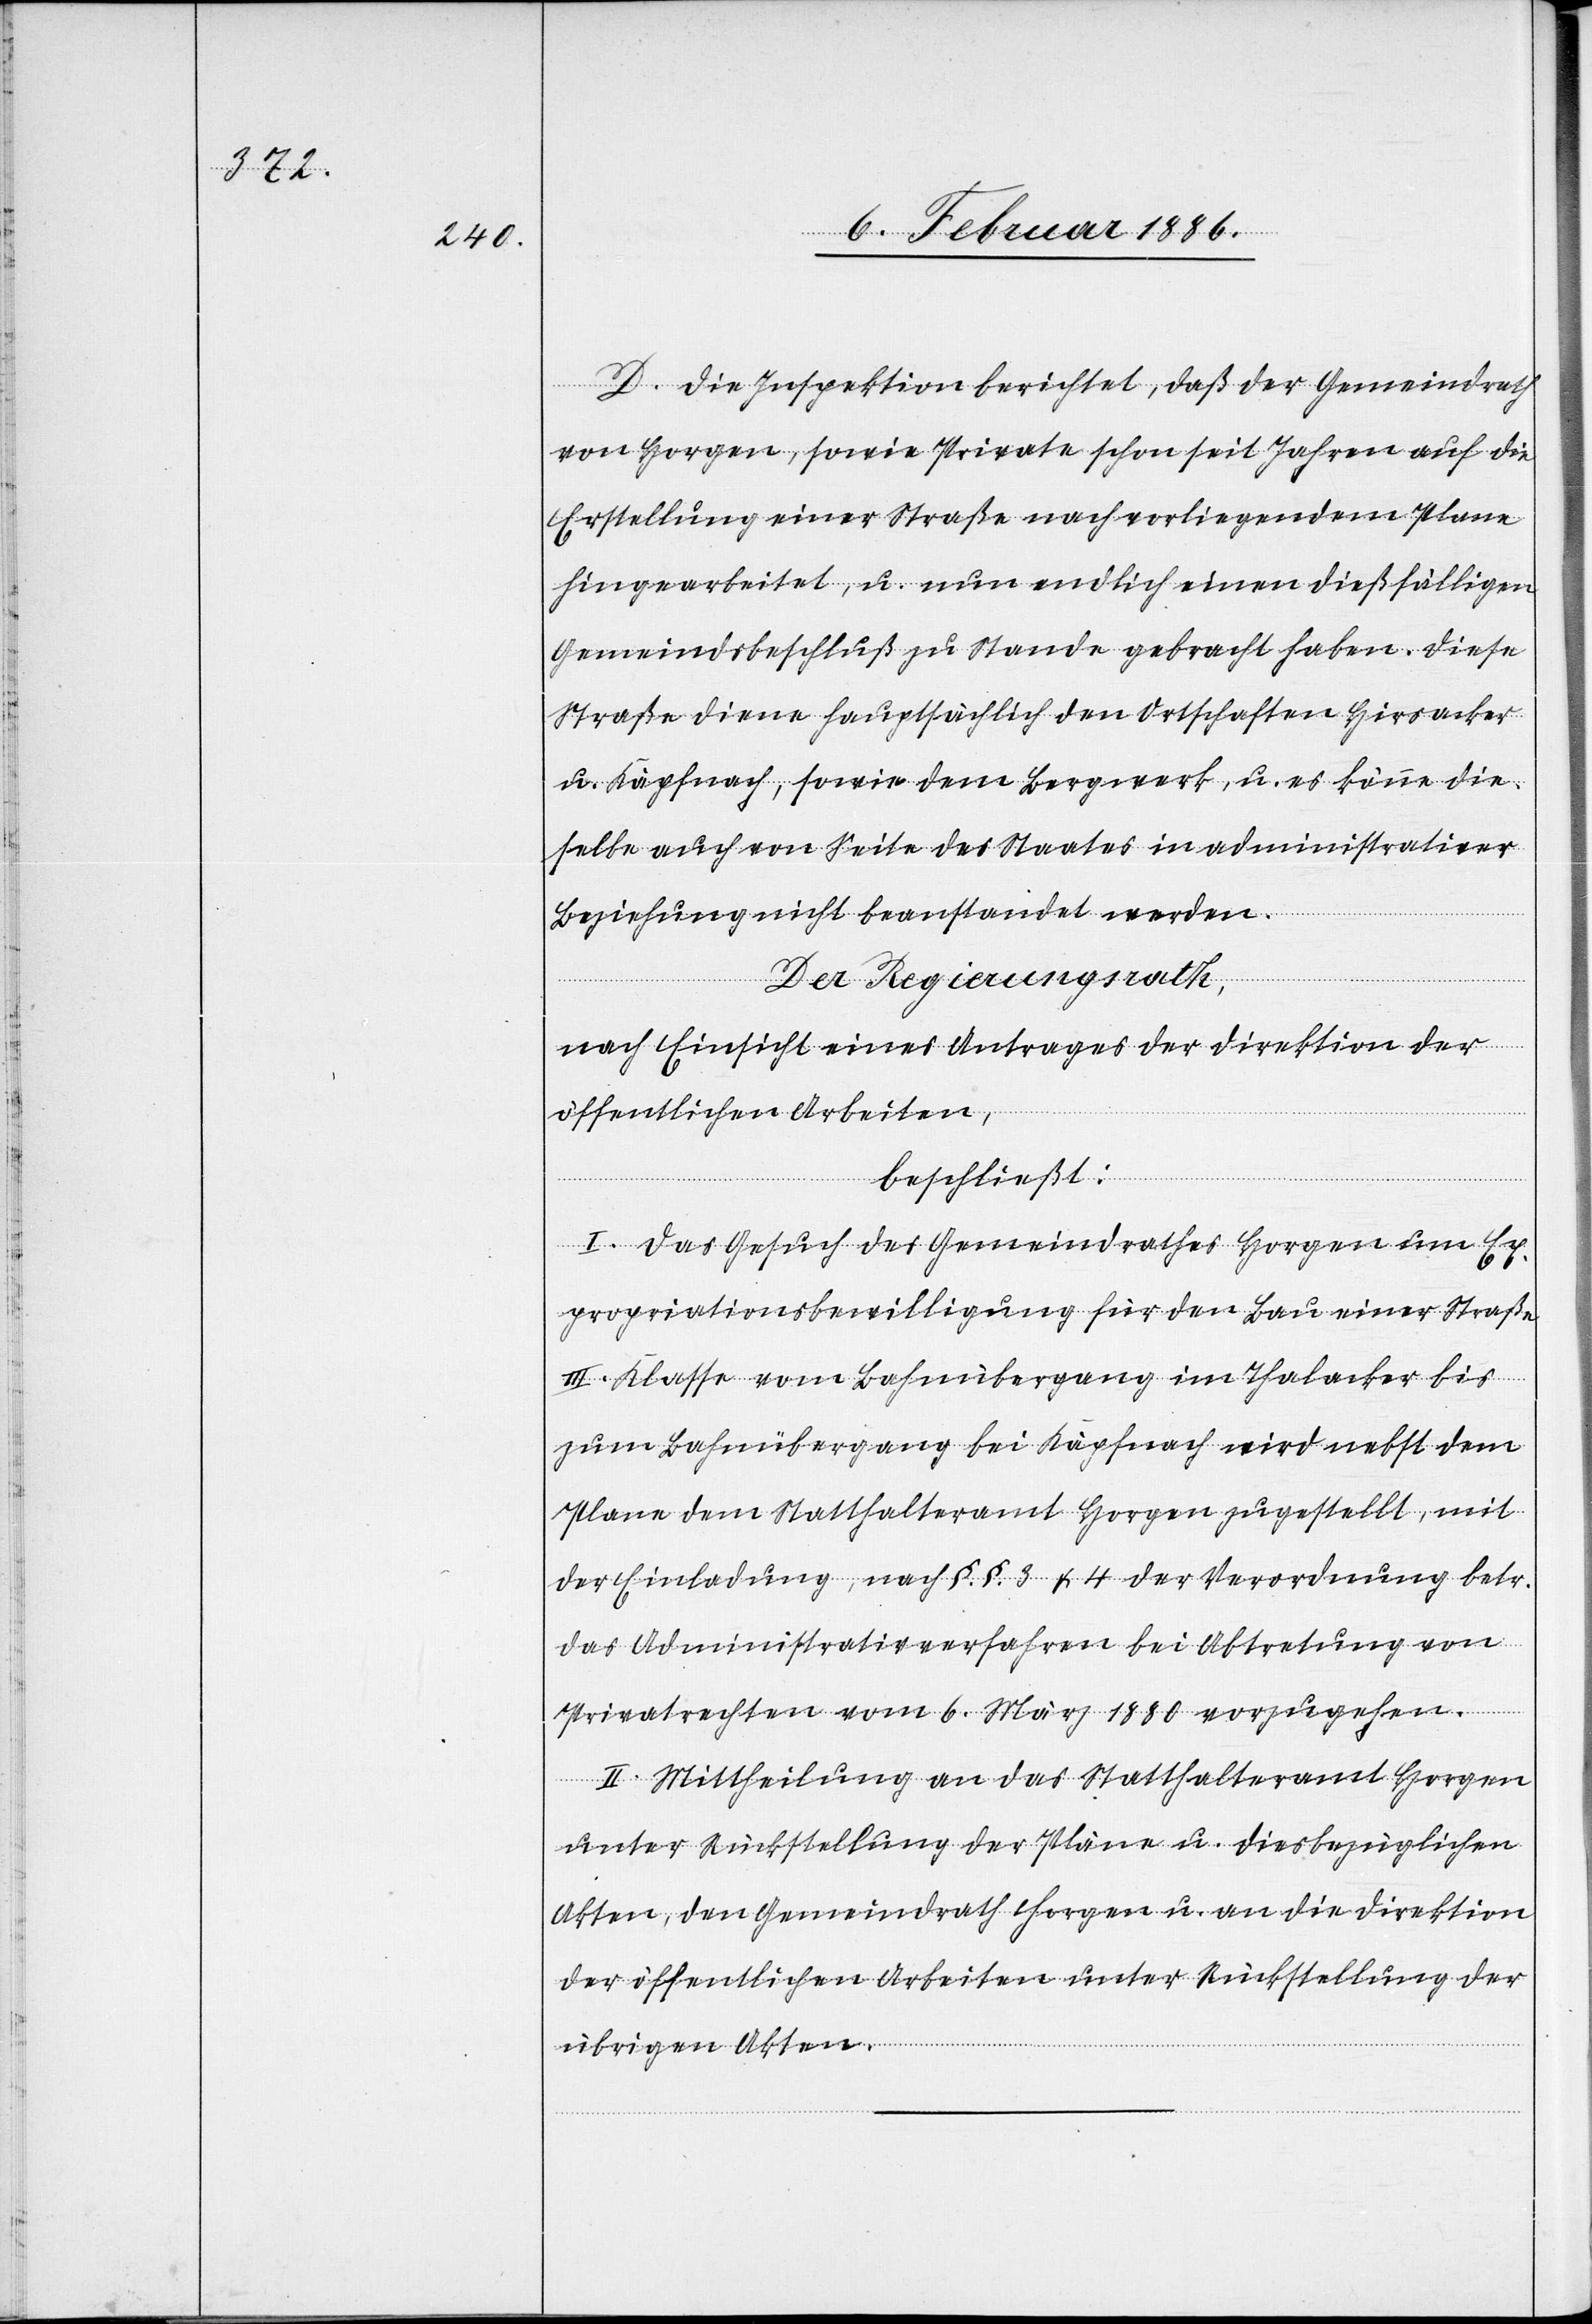
D. Die Inspektion berichtet, daß der Gemeindrath
von Horgen, sowie Private schon seit Jahren auf die
Erstellung einer Straße nach vorliegendem Plane
hingearbeitet, u. nun endlich einen dießfälligen
Gemeindsbeschluß zu Stande gebracht haben. Diese
Straße diene hauptsächlich den Ortschaften Hirsacker
u. Käpfnach, sowie dem Bergwerk, u. es könne die¬
selbe auch von Seite des Staates in administrativer
Beziehung nicht beanstandet werden.
Der Regierungsrath,
nach Einsicht eines Antrages der Direktion der
öffentlichen Arbeiten,
beschließt:
I. Das Gesuch des Gemeindrathes Horgen um Ex¬
propriationsbewilligung für den Bau einer Straße
III. Klasse vom Bahnübergang im Thalacker bis
zum Bahnübergang bei Käpfnach wird nebst dem
Plane dem Statthalteramt Horgen zugestellt, mit
der Einladung, nach §.§. 3 & 4 der Verordnung betr.
das Administrativverfahren bei Abtretung von
Privatrechten vom 6. März 1880 vorzugehen.
II. Mittheilung an das Statthalteramt Horgen
unter Rückstellung der Pläne u. diesbezüglichen
Akten, den Gemeindrath Horgen u. an die Direktion
der öffentlichen Arbeiten unter Rückstellung der
übrigen Akten.